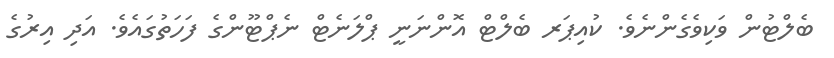
ބެލްޓުން ވަކިވެގެންނެވެ. ކުއިޕަރ ބެލްޓް އޮންނަނީ ޕްލަނެޓް ނެޕްޓޫންގެ ފަހަތުގައެވެ. އަދި އިރުގެ